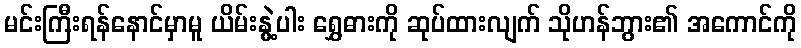
မင်းကြီးရန်နောင်မှာမူ ယိမ်းနွဲ့ပါး ရွှေဓားကို ဆုပ်ထားလျက် သိုဟန်ဘွား၏ အကောင်ကို